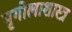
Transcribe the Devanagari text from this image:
मृगौलाशास्त्र